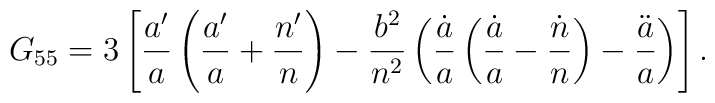
G_{55}= 3 \left[ \frac{a'}{a}\left(\frac{a'}{a} + \frac{n'}{n}\right) -\frac{b^2}{n^2} \left(\frac{\dot{a}}{a}\left(\frac{\dot{a}}{a}-\frac{\dot{n}}{n}\right) -\frac{\ddot{a}}{a} \right)\right] .